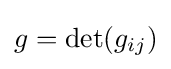
g=\det(g_{ij})